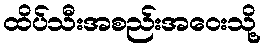
ထိပ်သီးအစည်းအဝေးသို့